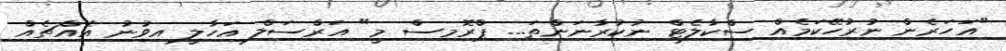
"އަހަރެން ނުރުހޭކަމެއް ސްކާލެޓް ނުކުރާނަންތަ... ޕްރޮމިސް މީ" އަރްސަލް އަހާލީ އިވުނު އެއްޗެއް